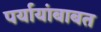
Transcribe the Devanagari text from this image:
पर्यायांबाबत